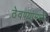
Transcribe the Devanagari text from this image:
ठेवण्यामध्ये